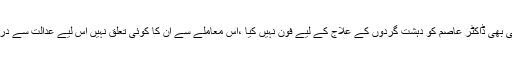
درخواست میں موقف اختیار کیا گیا ہے کہ انہوں نے کبھی بھی ڈاکٹر عاصم کو دہشت گردوں کے علاج کے لیے فون نہیں کیا ،اس معاملے سے ان کا کوئی تعلق نہیں اس لیے عدالت سے درخواست ہے کہ ان کی حفاظتی ضمانت منظور کی جائے۔